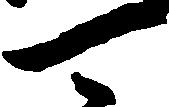
可